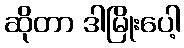
ဆိုတာ ဒါမြိုးပေါ့